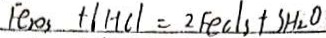
F e _ { 2 } O _ { 3 } + 6 H C l = 2 F e C l s + S H _ { 2 } O